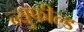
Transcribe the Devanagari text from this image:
न्युफील्ड